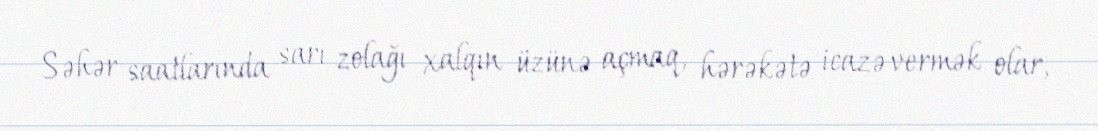
Səhər saatlarında sarı zolağı xalqın üzünə açmaq, hərəkətə icazə vermək olar,